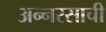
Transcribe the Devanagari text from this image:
अन्नरसाची